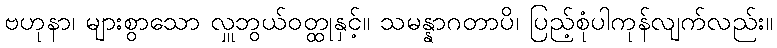
ဗဟုနာ၊ များစွာသော လှူဘွယ်ဝတ္ထုနှင့်။ သမန္နာဂတာပိ၊ ပြည့်စုံပါကုန်လျက်လည်း။